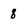
Character: 8